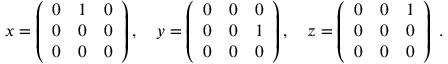
x = \left( { \begin{array} { c c c } { 0 } & { 1 } & { 0 } \\ { 0 } & { 0 } & { 0 } \\ { 0 } & { 0 } & { 0 } \end{array} } \right) , \quad y = \left( { \begin{array} { c c c } { 0 } & { 0 } & { 0 } \\ { 0 } & { 0 } & { 1 } \\ { 0 } & { 0 } & { 0 } \end{array} } \right) , \quad z = \left( { \begin{array} { c c c } { 0 } & { 0 } & { 1 } \\ { 0 } & { 0 } & { 0 } \\ { 0 } & { 0 } & { 0 } \end{array} } \right) ~ . \quad